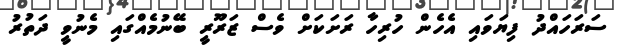
ސަރަހައްދު ފިޔަވައި އެހެން ހުރިހާ ރަށަކަށް ވެސް ޒަރޫރީ ބޭނުމެއްގައި މެނުވީ ދަތުރު